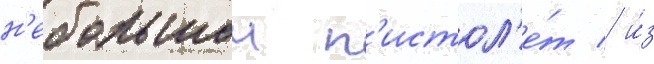
н'ебольшои п'истол'е́т / и́з